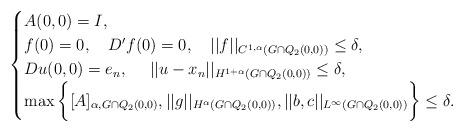
LaTeX: \begin{align*}\begin{cases} A(0, 0) = I, \\ f(0)=0,\ \ \ D' f(0)=0,\ \ \ ||f||_{C^{1,\alpha}(G \cap Q_{2}(0,0))}\le \delta,\\ Du(0, 0)=e_n,\ \ \ \ ||u-x_n||_{H^{1+\alpha}(G \cap Q_{2}(0,0))} \le \delta,\\\max \bigg\{ [A]_{\alpha, G \cap Q_{2}(0,0)}, ||g||_{H^{\alpha}(G \cap Q_{2}(0,0))}, ||b, c||_{L^{\infty}(G \cap Q_{2}(0,0))}\bigg\} \leq \delta.\end{cases}\end{align*}